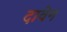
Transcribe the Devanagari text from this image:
दावेन